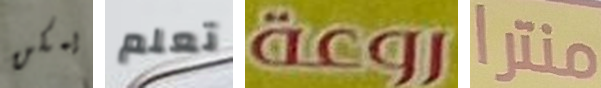
يمكن تعلم روعة منترا